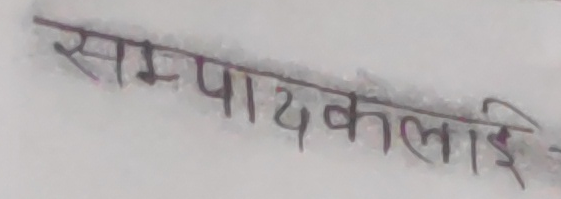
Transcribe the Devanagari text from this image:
सम्पायकलाई